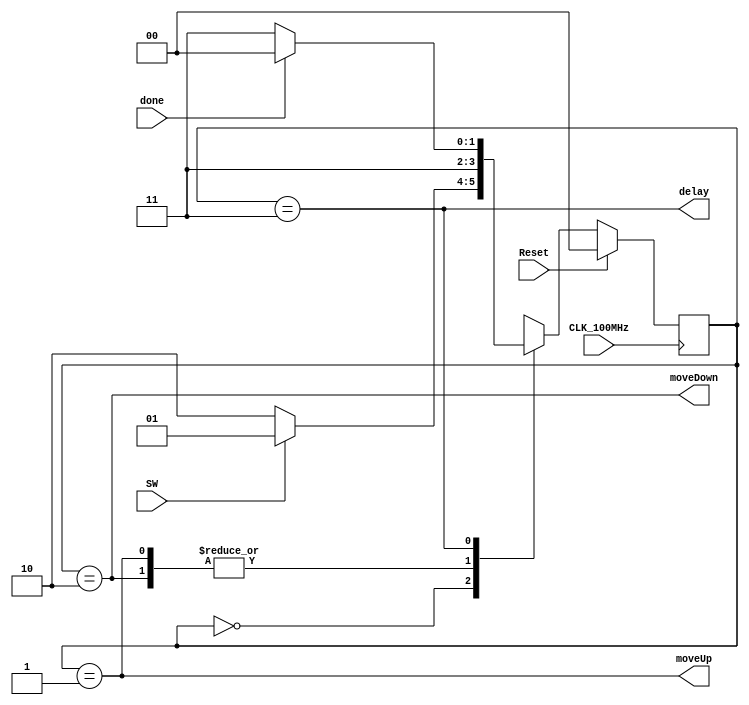
module PaddleStateMachine(moveUp, moveDown, delay, SW, done, CLK_100MHz, Reset);
    output moveUp, moveDown;
    output delay;
    input  SW, done;
    input  CLK_100MHz, Reset;

    reg [1:0] state, nState;
    parameter SIDLE=2'b00, SUP=2'b01, SDOWN=2'b10, SDELAY=2'b11;

    always @(posedge CLK_100MHz) begin
        if(Reset)
            state <= SIDLE;
        else
            state <= nState; 
    end

    always @(state, SW, done) begin
        case(state)
            SIDLE  : nState = SW ? SUP : SDOWN;  
            SUP    : nState = SDELAY;
            SDOWN  : nState = SDELAY;
            SDELAY : nState = done ? SIDLE : SDELAY;
            default: nState = SIDLE;
        endcase
    end

    assign moveUp = (state == SUP);
    assign moveDown = (state == SDOWN);
    assign delay = (state == SDELAY);

endmodule